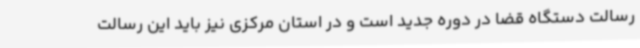
رسالت دستگاه قضا در دوره جدید است و در استان مرکزی نیز باید این رسالت